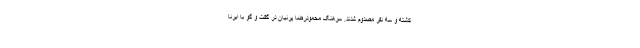
کشته و سه نفر مصدوم شدند. سرهنگ محمودرضا پرنیان در گفت و گو با ایرنا